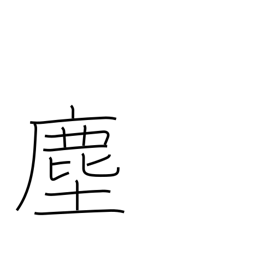
Meaning: dust